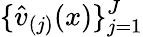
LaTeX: \{ \widehat v_{(j)}(x)\} _{j=1}^{J}